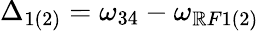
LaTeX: \Delta_{1(2)}=\omega_{34}-\omega_{\mathbb{R}F1(2)}